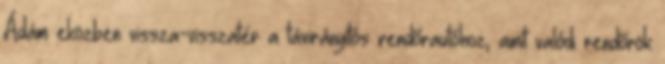
Ádám eközben vissza-visszatér a távirányítós rendőr­autóhoz, amit valódi rendőrök